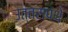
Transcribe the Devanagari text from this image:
उत्तरापंथे